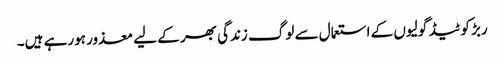
ربڑ کوٹیڈ گولیوں کے استعمال سے لوگ زندگی بھر کے لیے معذور ہورہے ہیں۔